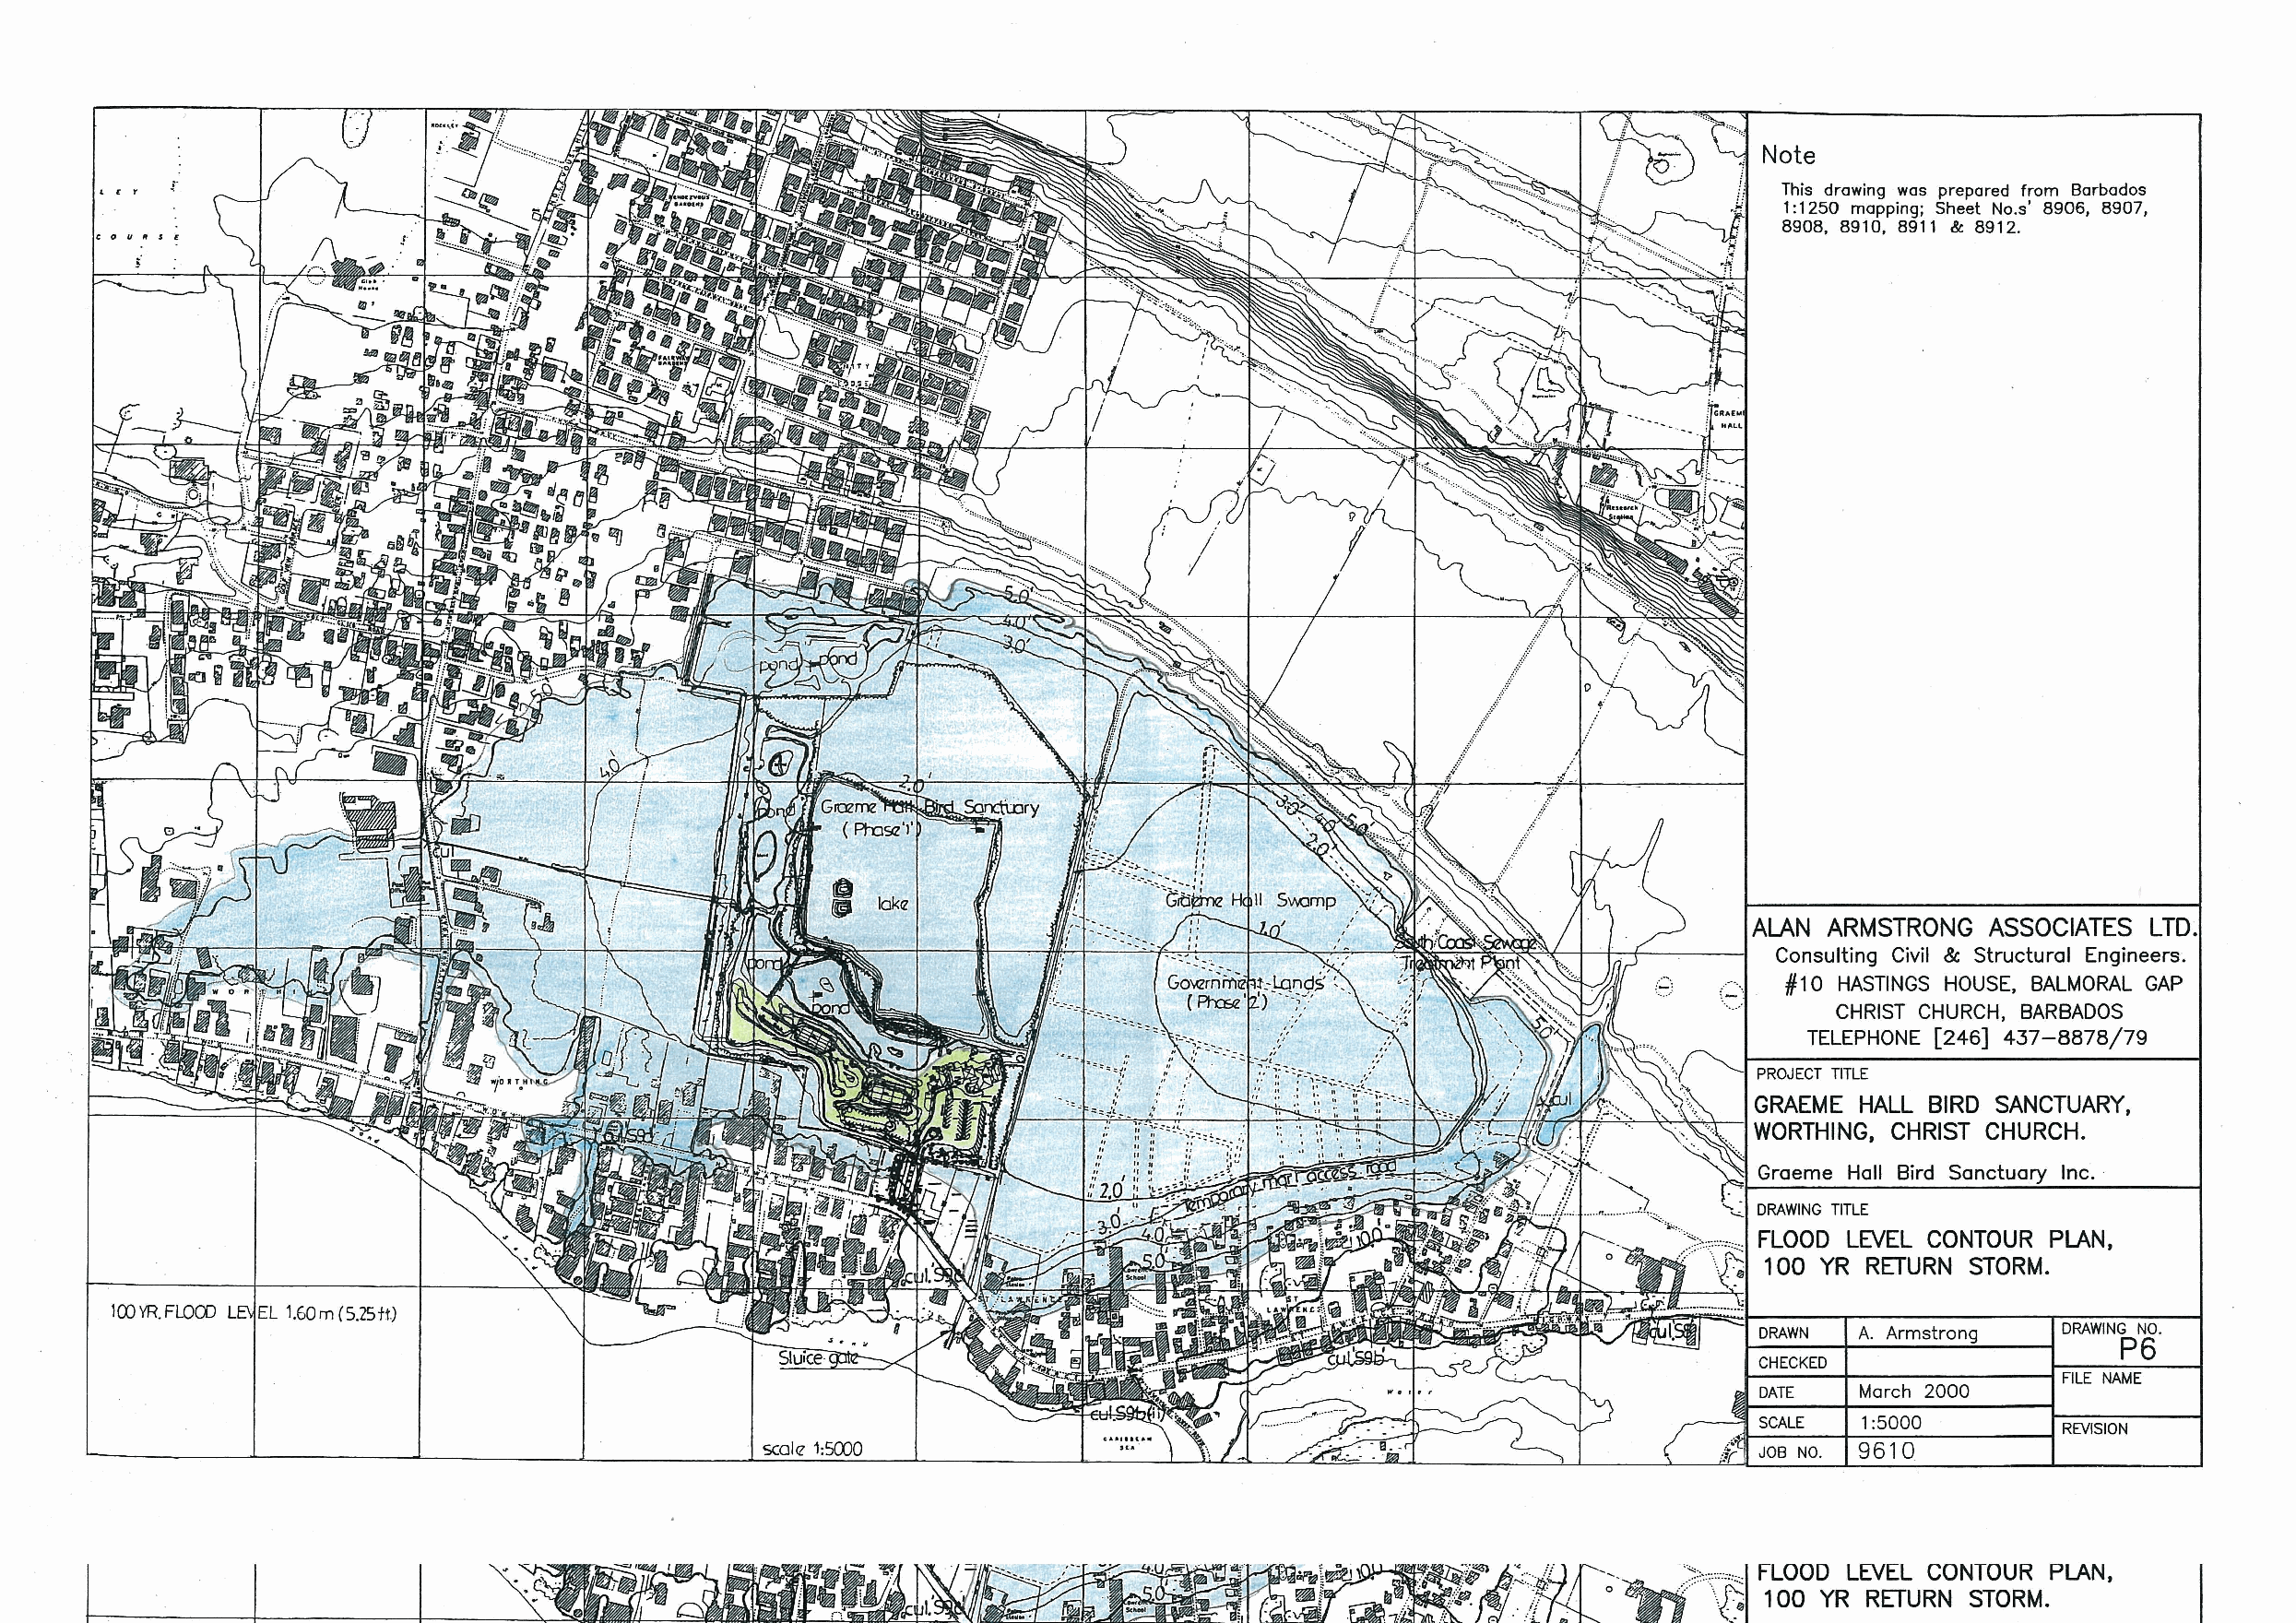
Note
 , [ y                                                                                                                    This drawing was prepared from Barbados
 1:1250 mapping; Sheet No.s· 8906, 8907,
 8908, 8910, 8911 & 8912.
 COU"SE
 ALAN ARMSTRONG   ASSOCIATES LTD.
 ~~~~V---+-4-+~----1
 Consulting Civil & Structural Engineers.
 (::. ...., #10 HASTINGS HOUSE, BALMORAL GAP
 '....,' CHRIST CHURCH, BARBADOS
 TELEPHONE [246] 437-8878/79
 PROJECT TITLE
 Graeme Hall Bird Sanctuary Inc. ·
 DRAWING TITLE
 ..': ,.:. FLOOD LEVEL CONTOUR PLAN.
 ··~·:' · · \t~
 100 YR RETURN STORM.
 l00YR.FLOOO L EL 1.60m (5.25ft)
 DRAWN  A. Armstrong   DRAWING NO.
 P6
 CHECKED
 FILE NAME
 DATE   March 2000
 SCALE   1:5000
 REVISION
 scale 1;5CXlO                                                          JOB NO. 9610